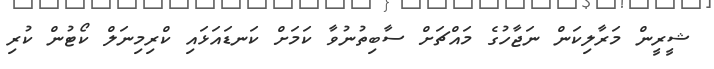
ޝީރީން މަރާލިކަން ނަޖާހުގެ މައްޗަށް ސާބިތުނުވާ ކަމަށް ކަނޑައަޅައި ކްރިމިނަލް ކޯޓުން ކުރި